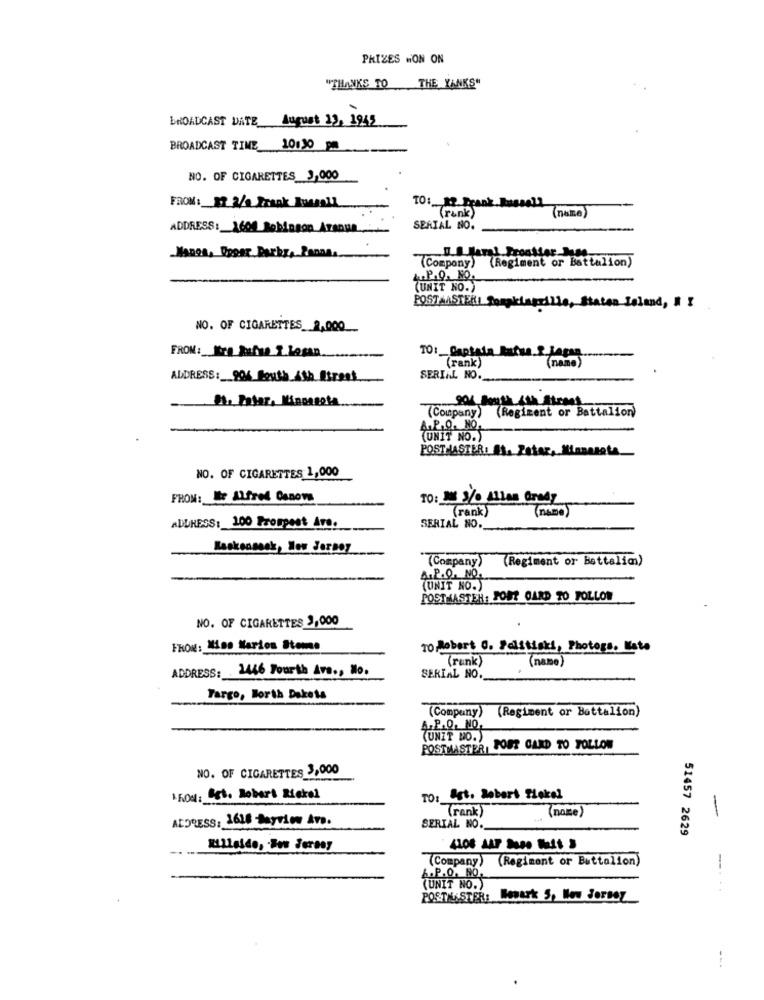
PRIZES MON ON
"THANKS TO THE YANKS"
BROADCAST DATE August 23, 1945
BROADCAST TIME
10:30 p
NO. OF CIGARETTES 3,000
FROM: 17 2/ Frank Busmall
TO :_ M. Frank Buscoll
(rank)
ADDRESS: 1600 Robinson ATanua
SERIAL NO.
MAnon, Upper Parks, Panna.
(Compony) (Regiment or Battalion)
4.P.Q. NO.
(UNIT NO.)
POST MASTERI Compilagrille, Staten Island, # X
NO. OF CIGARETTES 9,000
FROM: K70 Rufus 1.Losan
(rank)
(name)
ADDRESS: 904 South_4th Street
SERIAL NO.
81. Tatar. Minpagota
(Regiment or Battalion
(Company)
A.P.Q. NO.
(UNIT NO.)
POSTMASTER: A1. Zatar, Minnesota
NO. OF CIGARETTES 1,000
FROM: Ile Alfred Canons
TO: I /o Allas Grady
(rank)
(name)
ADDRESS: 100 Prospect Are.
SERIAL NO.
Kaskonsesk, New Jersey
(Company)
(Regiment or Battalion)
A.P.Q. NO.
(UNIT NO.)
POSTMASTER: FORT CARD TO FOLLOW
NO. OF CIGARETTES 3,000
FROM: Was Marion Stems
To Robert C. Politiski, Photors. Mate
(runk)
(name)
ADDRESS: 1446 Fourth Ave ., No.
SERIAL NO.
Targo, North Dakota
(Company) (Regiment or Battalion)
A.P.Q. NO,
(UNIT NO.)
POSTMASTER, POST CARD TO TOLLON
NO. OF CIGARETTES 3,000
FON: Est. Robert Richel
TO: Est. Robert Tlokal
(rank)
ADDRESS: 1618 -hayriww Are.
(name)
-
SERIAL NO.
51457 2629
(Company) (Regiment or Battalion)
A.P.O. NO.
(UNIT NO.)
POSTMASTER: Wowark 5, New Jersey
--